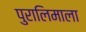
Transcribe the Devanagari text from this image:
पुरालिमाला